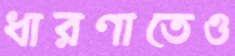
ধারণাতেও